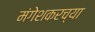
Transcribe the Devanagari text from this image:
मंगेशकरच्या